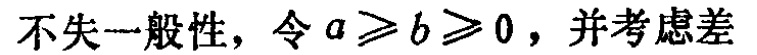
不失一般性，令 \(a\geqslant b\geqslant 0\)，并考虑差